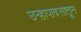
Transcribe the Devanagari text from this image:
उन्हापावसातून